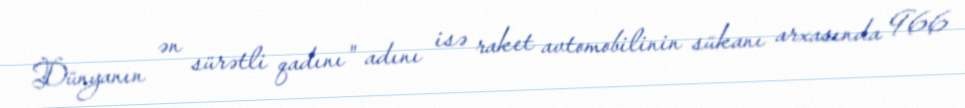
Dünyanın ən sürətli qadını" adını isə raket avtomobilinin sükanı arxasında 966